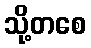
သို့တစေ